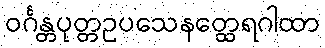
ဝင်္ဂန္တပုတ္တဥပသေနတ္ထေရဂါထာ